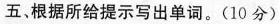
五、根据所给提示写出单词.(10分)